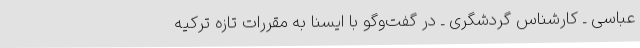
عباسی ـ کارشناس گردشگری ـ در گفت‌وگو با ایسنا به مقررات تازه ترکیه